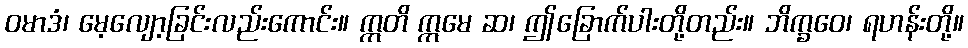
ဝမာဒံ၊ မေ့လျော့ခြင်းလည်းကောင်း။ ဣတိ ဣမေ ဆ၊ ဤခြောက်ပါးတို့တည်း။ ဘိက္ခဝေ၊ ရဟန်းတို့။